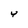
Character: Y